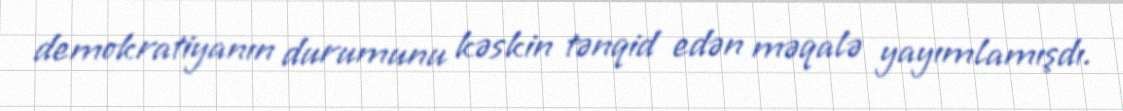
demokratiyanın durumunu kəskin tənqid edən məqalə yayımlamışdı.